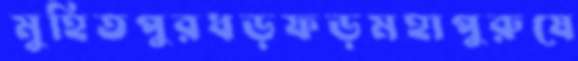
মুহিতপুরধড়ফড়মহাপুরুষে